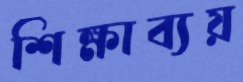
শিক্ষাব্যয়